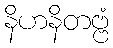
နိဟနိတဗ္ဗံ